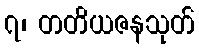
၇၊ တတိယဇနသုတ်